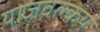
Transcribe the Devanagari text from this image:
याज्ञवल्‍कय